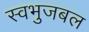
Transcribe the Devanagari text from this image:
स्वभुजबल